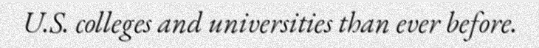
U.S. colleges and universities than ever before.